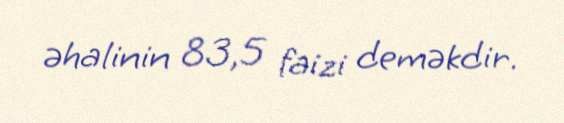
əhalinin 83,5 faizi deməkdir.